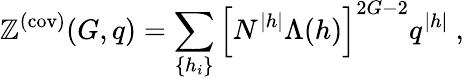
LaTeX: \mathbb{Z}^{(\mathrm{{cov)}}}(G,q)=\sum_{\{ h_{i}\} }\left[N^{|h|}\Lambda(h)\right]^{2G-2}q^{|h|}~,